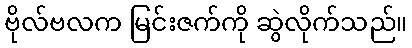
ဗိုလ်ဗလက မြင်းဇက်ကို ဆွဲလိုက်သည်။